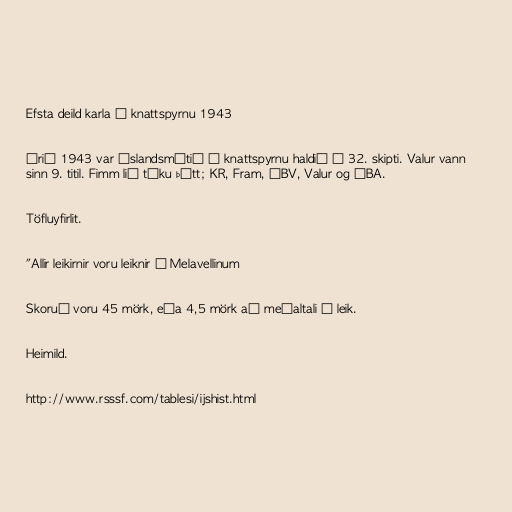
Efsta deild karla í knattspyrnu 1943

Árið 1943 var Íslandsmótið í knattspyrnu haldið í 32. skipti. Valur vann
sinn 9. titil. Fimm lið tóku þátt; KR, Fram, ÍBV, Valur og ÍBA.

Töfluyfirlit.

"Allir leikirnir voru leiknir á Melavellinum

Skoruð voru 45 mörk, eða 4,5 mörk að meðaltali í leik.

Heimild.

http://www.rsssf.com/tablesi/ijshist.html